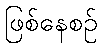
ဖြစ်နေစဉ်